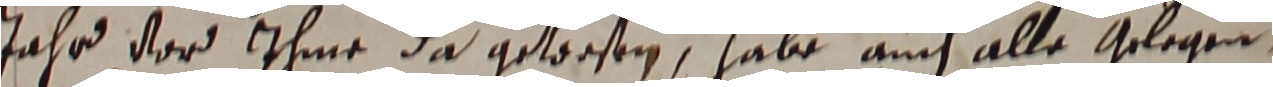
jahr vor ihme das getesen, habe auch alle gelegen